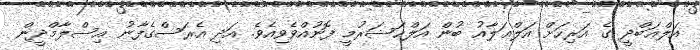
އަލްޢަބްދީ ގެ އަރިހަށް އަލްޢަލާއު ބުން އަލްޙަޟަރުމީ ފޮނުއްވެވިއެވެ. އަދި އެރަސްގެފާނު އިސްލާމްދީން